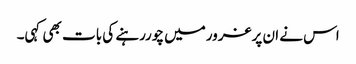
اس نے ان پرغرورمیں چوررہنے کی بات بھی کہی۔